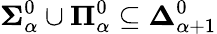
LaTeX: \mathbf{\Sigma}_{\alpha}^{0}\cup\mathbf{\Pi}_{\alpha}^{0}\subseteq\mathbf{\Delta}_{\alpha+1}^{0}